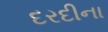
દરદીના